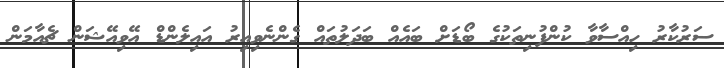
ސަރުކާރު ހިއްސާވާ ކުންފުނިތަކުގެ ބޯޑަށް ބައެއް ބަދަލުތައް ގެންނެވިއިރު އައިލެންޑް އޭވިއޭޝަން ޗެއާމަން